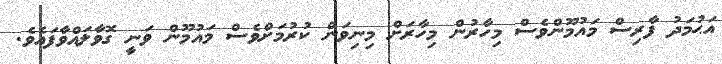
އަޙުމަދު ފާރިސް މައުމޫންވެސް މިހާރުން މިހާރަށް މިނިވަން ކުރުމަށްވެސް މައުމޫން ވަނީ ގޮވާލައްވާފައެވެ.